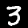
Label: 3